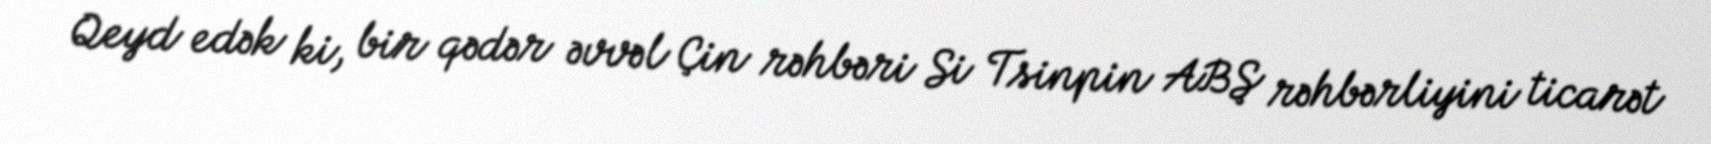
Qeyd edək ki, bir qədər əvvəl Çin rəhbəri Si Tsinpin ABŞ rəhbərliyini ticarət